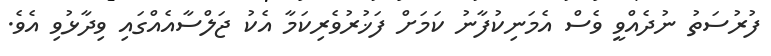
ފުރުސަތު ނުދެއްވީ ވެސް އެމަނިކުފާނު ކަމަށް ފަޚުރުވެރިކަމާ އެކު ޖަލްސާއެއްގައި ވިދާޅުވި އެވެ.